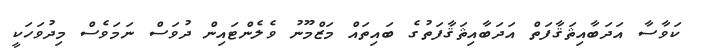
ކަވާސާ އަދަބާއިޘަޤާފަތް އަދަބާއިޘަޤާފަތުގެ ބައިތައް މަޒްމޫނު ވެލެންޓައިން ދުވަސް ނަމަވެސް މިދުވަހަކީ